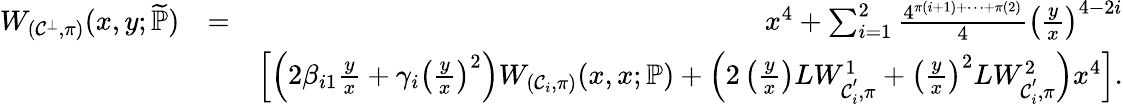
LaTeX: \begin{array}{rlr}{W_{(\mathcal{C}^{\bot},\pi)}(x,y;\widetilde{\mathbb{P}})}&{=}&{x^{4}+\sum_{i=1}^{2}\frac{4^{\pi(i+1)+\cdots+\pi(2)}}{4}\left(\frac{y}{x}\right)^{4-2i}}\\ &{}&{\left[\left(2\beta_{i1}\frac{y}{x}+\gamma_{i}\left(\frac{y}{x}\right)^{2}\right)W_{(\mathcal{C}_{i},\pi)}(x,x;\mathbb{P})+\left(2\left(\frac{y}{x}\right)LW_{\mathcal{C}_{i}^{'},\pi}^{1}+\left(\frac{y}{x}\right)^{2}LW_{\mathcal{C}_{i}^{'},\pi}^{2}\right)x^{4}\right].}\end{array}